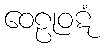
ဝေဠုဝဋံ